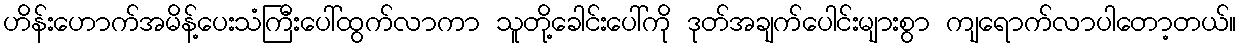
ဟိန်းဟောက်အမိန့်ပေးသံကြီးပေါ်ထွက်လာကာ သူတို့ခေါင်းပေါ်ကို ဒုတ်အချက်ပေါင်းများစွာ ကျရောက်လာပါတော့တယ်။